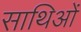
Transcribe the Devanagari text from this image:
साथिओं